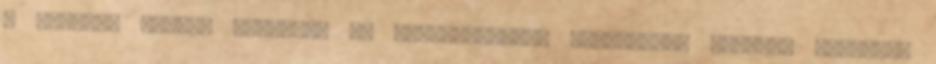
a hasonló műfajú moziknak és sorozatoknak, amelyeknek legjobb darabjai